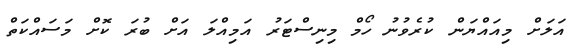
އަލަށް މިއައްޔަން ކުރެވުނު ހޯމް މިނިސްޓަރު އަމިއްލަ އަށް ބުރަ ކޮށް މަސައްކަތް